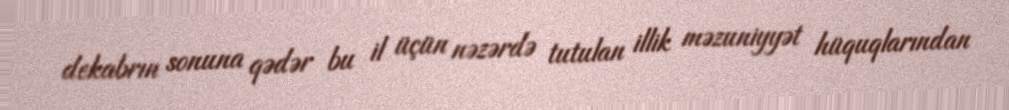
dekabrın sonuna qədər bu il üçün nəzərdə tutulan illik məzuniyyət hüquqlarından